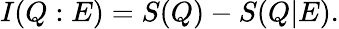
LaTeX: I(Q:E)=S(Q)-S(Q|E).